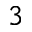
3